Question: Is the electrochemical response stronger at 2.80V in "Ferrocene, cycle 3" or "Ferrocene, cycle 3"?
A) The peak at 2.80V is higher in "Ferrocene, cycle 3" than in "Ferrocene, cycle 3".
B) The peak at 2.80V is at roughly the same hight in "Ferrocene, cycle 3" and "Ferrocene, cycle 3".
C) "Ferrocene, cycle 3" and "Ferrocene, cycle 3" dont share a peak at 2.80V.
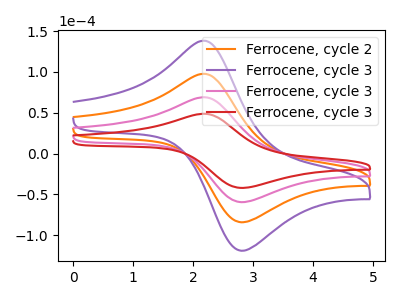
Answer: <think>The orange curve "Ferrocene, cycle 2" has an anodic peak at (2.15V, 138.20uA) and a cathodic peak at (2.80V, -118.80uA). The purple curve "Ferrocene, cycle 3" has an anodic peak at (2.15V, 207.25uA) and a cathodic peak at (2.80V, -178.20uA). The pink curve "Ferrocene, cycle 3" has an anodic peak at (2.15V, 69.10uA) and a cathodic peak at (2.80V, -59.40uA). The red curve "Ferrocene, cycle 3" has an anodic peak at (2.15V, 48.85uA) and a cathodic peak at (2.80V, -42.00uA).</think>
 <answer>A) The peak at 2.80V is higher in "Ferrocene, cycle 3" than in "Ferrocene, cycle 3".</answer>
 <eval>A</eval>